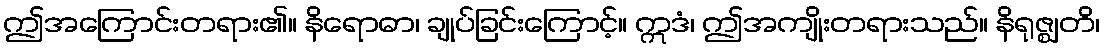
ဤအကြောင်းတရား၏။ နိရောဓာ၊ ချုပ်ခြင်းကြောင့်။ ဣဒံ၊ ဤအကျိုးတရားသည်။ နိရုဇ္ဈတိ၊